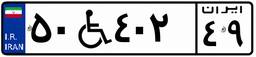
۰۰W۵۵۸۶۲